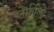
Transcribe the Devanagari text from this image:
लेफ़ील्ड